Reports on military cantonments and civil stations in the Presidency of Bombay inspected by the Sanitary Commissioner in the years 1875 and 1876
Year: 1875
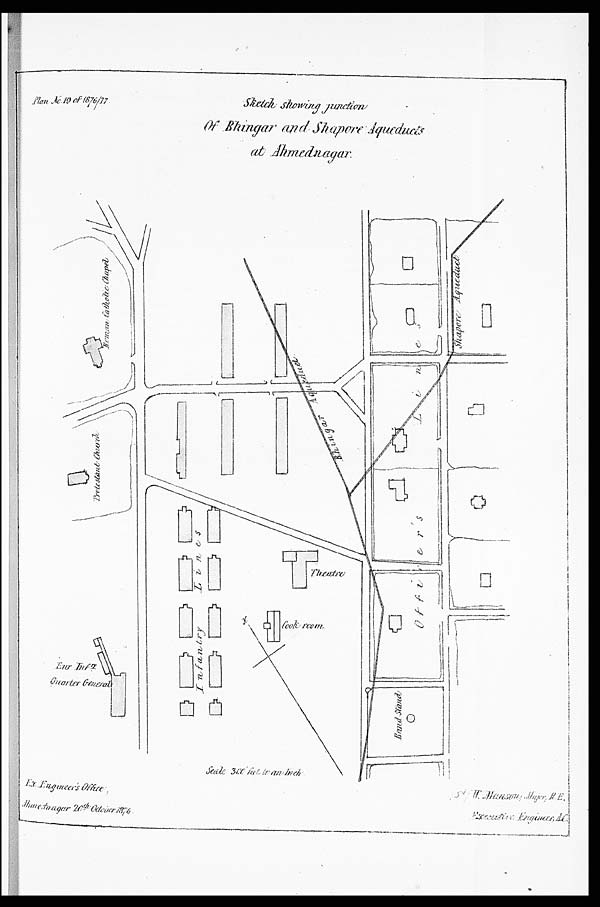
E x . E n g i n e e r ' s O f f i c e ,
Ahmednagar 20th October 1876.
S d / W . M a n s o n , M a j o r B . E . ,
E x e c u t i v e E n g i n e e r , A C .
P l a n N o . 1 9 o f 1 8 7 6 / 7 7
S k e t c h s h o w i n g j u n c t i o n
O f B h i n g a r a n d S h a p o r e A q u e d u c t s
at Ahmednagar.
Scal e 300 f eet t o an I nch